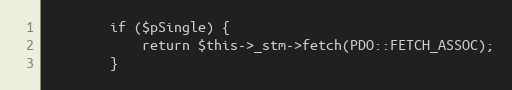
Language: PHP
        if ($pSingle) {
            return $this->_stm->fetch(PDO::FETCH_ASSOC);
        }